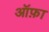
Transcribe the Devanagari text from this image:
ऑफ़ा